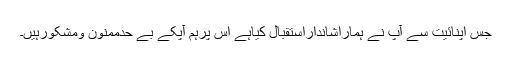
جس اپنائیت سے آپ نے ہماراشانداراستقبال کیاہے اس پرہم آپکے بے حدممنون ومشکورہیں۔